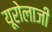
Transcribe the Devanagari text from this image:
यूरोलाजी